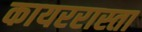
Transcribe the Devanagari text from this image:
कायररास्ता